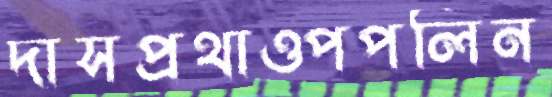
দাসপ্রথাওপপলিন